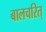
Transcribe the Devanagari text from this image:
बालचरित्‌